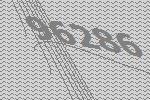
96286